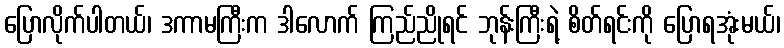
ပြောလိုက်ပါတယ်၊ ဒကာမကြီးက ဒါလောက် ကြည်ညိုရင် ဘုန်းကြီးရဲ့ စိတ်ရင်းကို ပြောရအုံးမယ်၊